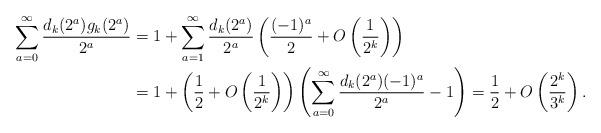
LaTeX: \begin{align*}\sum_{a=0}^{\infty} \frac{d_k(2^a)g_k(2^a)}{2^a}&= 1+\sum_{a=1}^{\infty}\frac{d_k(2^a)}{2^a} \left(\frac{(-1)^a}{2} +O\left(\frac{1}{2^k}\right)\right)\\&= 1+\left(\frac12+ O\left(\frac{1}{2^k}\right)\right)\left(\sum_{a=0}^{\infty}\frac{d_k(2^a)(-1)^a}{2^a}-1\right)= \frac12+ O\left(\frac{2^k}{3^k}\right).\end{align*}